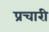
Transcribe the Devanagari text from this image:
प्रचारी